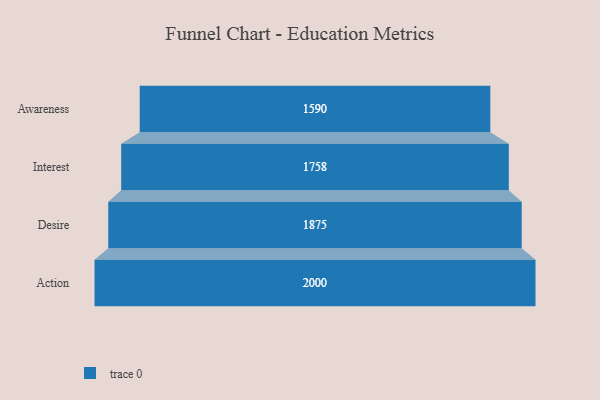
{"axis": {"x": "Stage", "y": "Value"}, "legend": [""], "data": [{"x": "Awareness", "y": 1590.0, "type": ""}, {"x": "Interest", "y": 1758.0, "type": ""}, {"x": "Desire", "y": 1875.0, "type": ""}, {"x": "Action", "y": 2000, "type": ""}]}